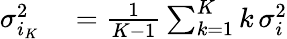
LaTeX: \begin{array}{rl}{\sigma_{i_{K}}^{2}}&{{}=\frac{1}{K-1}\sum_{k=1}^{K}k\, \sigma_{i}^{2}}\end{array}